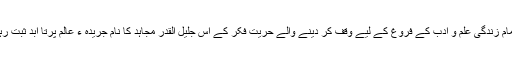
اپنی تمام زندگی علم و ادب کے فروغ کے لیے وقف کر دینے والے حریت فکر کے اس جلیل القدر مجاہد کا نام جریدہ ء عالم پرتا ابد ثبت رہے گا۔